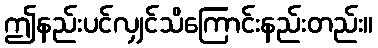
ဤနည်းပင်လျှင်သိကြောင်းနည်းတည်း။